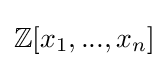
\mathbb {Z} [x_{1},...,x_{n}]